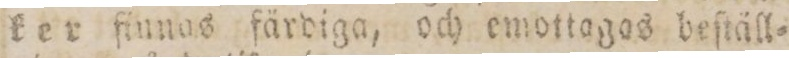
ker fiunas färdiga, och emoftagos beſtåll=